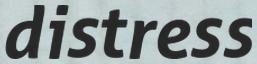
distress